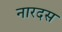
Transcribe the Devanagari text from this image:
नारदस